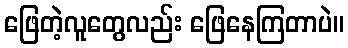
ဖြေတဲ့လူတွေလည်း ဖြေနေကြတာပဲ။